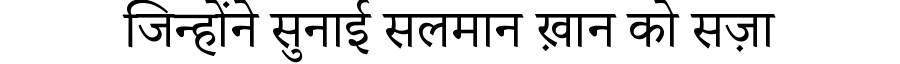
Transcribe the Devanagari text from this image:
जिन्होंने सुनाई सलमान ख़ान को सज़ा